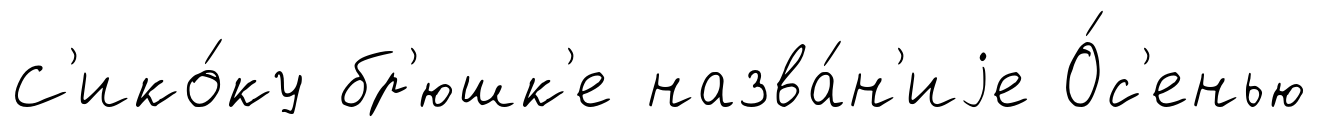
С'ико́ку бр'юшк'е назва́н'иjе О́с'енью